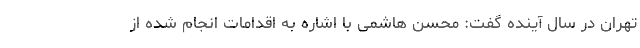
تهران در سال آینده گفت: محسن هاشمی با اشاره به اقدامات انجام شده از